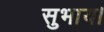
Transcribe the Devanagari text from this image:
सुभाय।